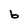
Character: b